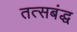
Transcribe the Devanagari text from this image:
तत्सबंद्ध